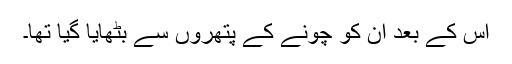
اس کے بعد ان کو چونے کے پتھروں سے بٹھایا گیا تھا۔